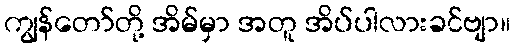
ကျွန်တော်တို့ အိမ်မှာ အတူ အိပ်ပါလားခင်ဗျာ။